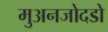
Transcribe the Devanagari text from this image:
मुअनजोदडो